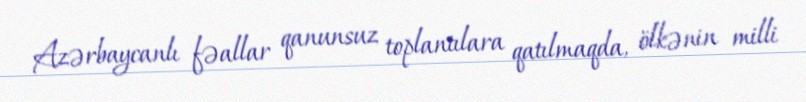
Azərbaycanlı fəallar qanunsuz toplantılara qatılmaqda, ölkənin milli